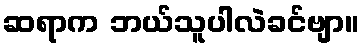
ဆရာက ဘယ်သူပါလဲခင်ဗျာ။